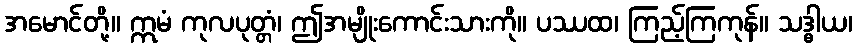
အမောင်တို့။ ဣမံ ကုလပုတ္တံ၊ ဤအမျိုးကောင်းသားကို။ ပဿထ၊ ကြည့်ကြကုန်။ သဒ္ဓါယ၊